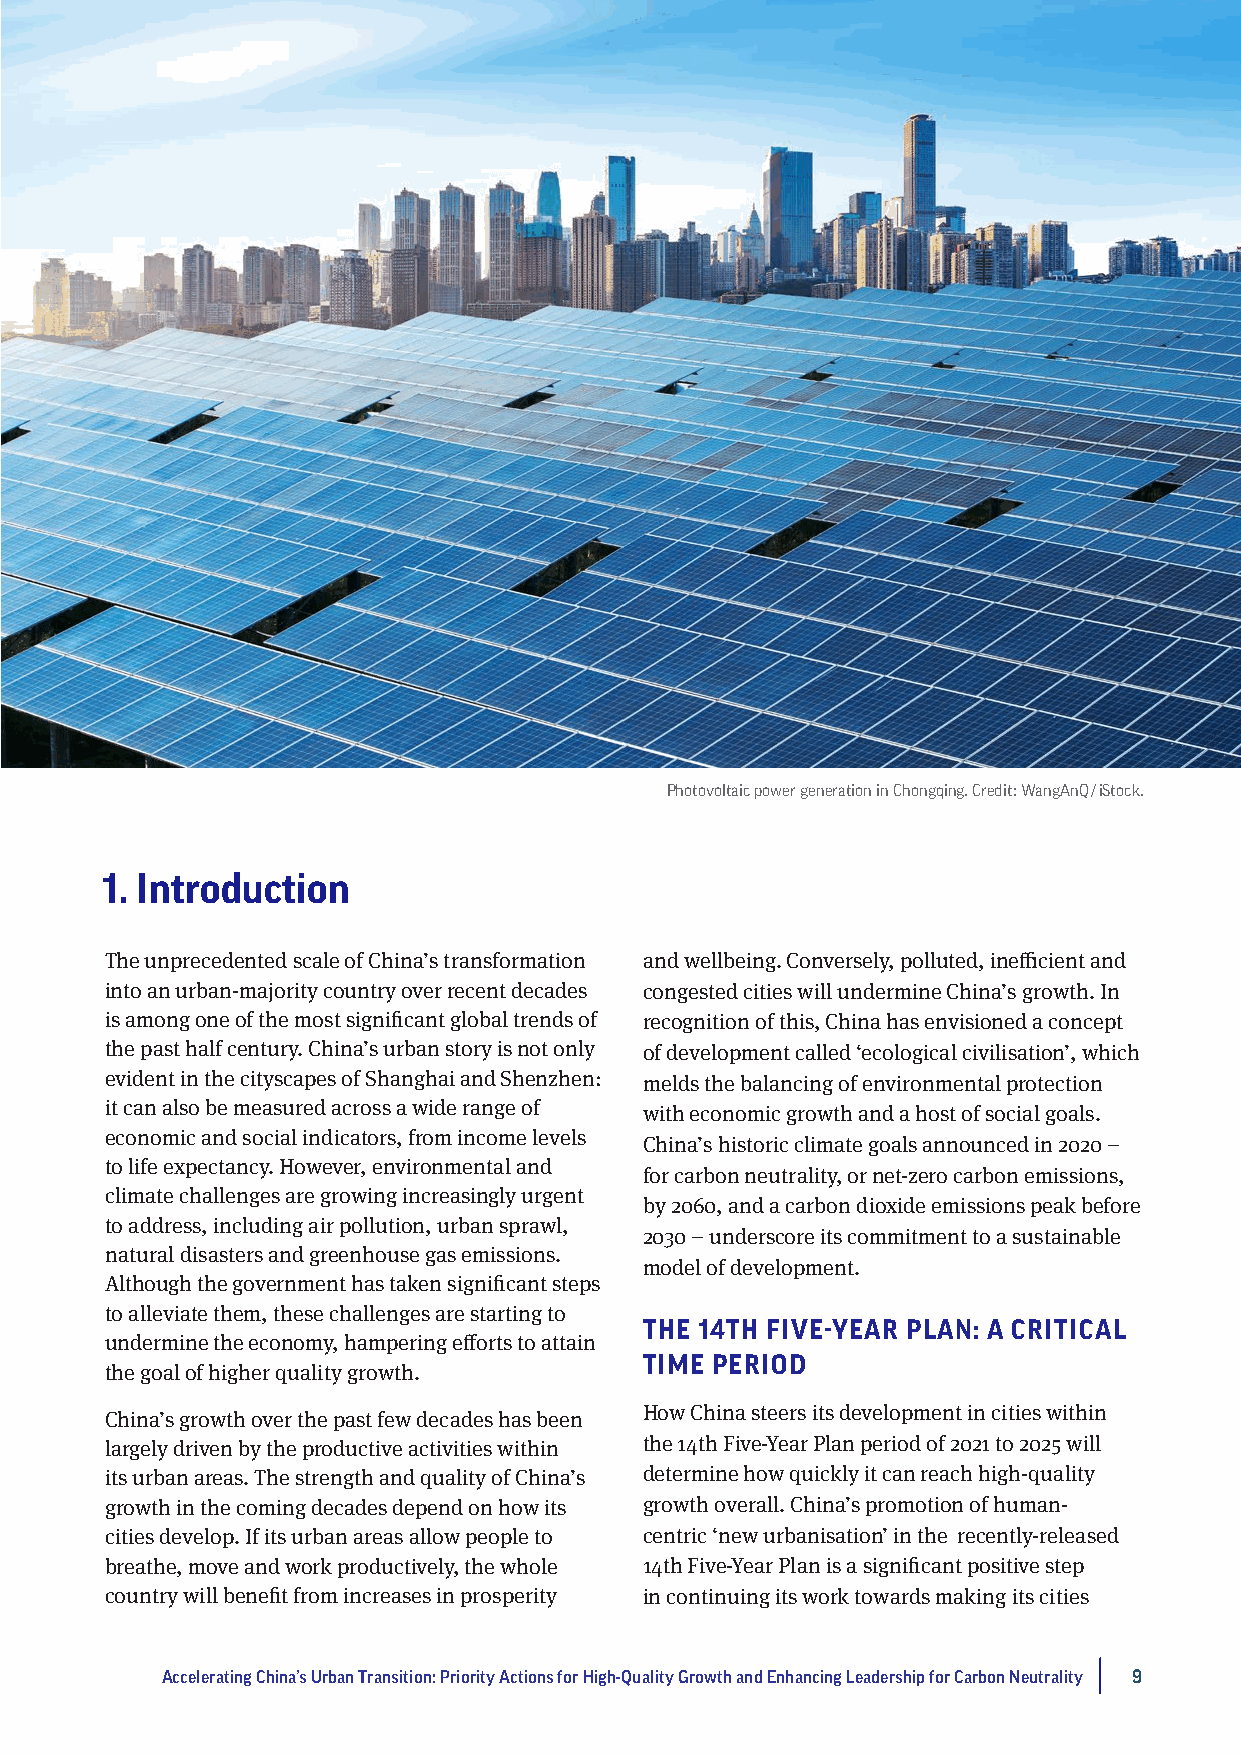
Photovoltaic power generation in Chongqing. Credit: WangAnQ / iStock.
 1 . Introduction
 The unprecedented scale of China’s transformation and wellbeing. Conversely, polluted, inefficient and
 into an urban-majority country over recent decades congested cities will undermine China’s growth. In
 is among one of the most significant global trends of recognition of this, China has envisioned a concept
 the past half century. China’s urban story is not only of development called ‘ecological civilisation’, which
 evident in the cityscapes of Shanghai and Shenzhen: melds the balancing of environmental protection
 it can also be measured across a wide range of
 with economic growth and a host of social goals.
 economic and social indicators, from income levels
 China’s historic climate goals announced in 2020 –
 to life expectancy. However, environmental and
 for carbon neutrality, or net-zero carbon emissions,
 climate challenges are growing increasingly urgent
 by 2060, and a carbon dioxide emissions peak before
 to address, including air pollution, urban sprawl,
 2030 – underscore its commitment to a sustainable
 natural disasters and greenhouse gas emissions.
 model of development.
 Although the government has taken significant steps
 to alleviate them, these challenges are starting to
 THE 14TH FIVE-YEAR PLAN: A CRITICAL
 undermine the economy, hampering efforts to attain
 TIME PERIOD
 the goal of higher quality growth.
 How China steers its development in cities within
 China’s growth over the past few decades has been
 largely driven by the productive activities within the 14th Five-Year Plan period of 2021 to 2025 will
 its urban areas. The strength and quality of China’s determine how quickly it can reach high-quality
 growth in the coming decades depend on how its growth overall. China’s promotion of human-
 cities develop. If its urban areas allow people to centric ‘new urbanisation’ in the recently-released
 breathe, move and work productively, the whole 14th Five-Year Plan is a significant positive step
 country will benefit from increases in prosperity in continuing its work towards making its cities
 Accelerating China’s Urban Transition: Priority Actions for High-Quality Growth and Enhancing Leadership for Carbon Neutrality 9